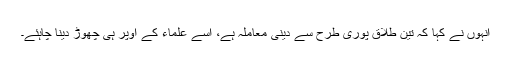
انہوں نے کہا کہ تین طلاق پوری طرح سے دینی معاملہ ہے، اسے علماء کے اوپر ہی چھوڑ دینا چاہئے۔